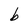
Character: b